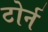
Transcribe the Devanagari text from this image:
टोर्न